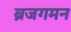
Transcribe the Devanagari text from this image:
ब्रजगमन